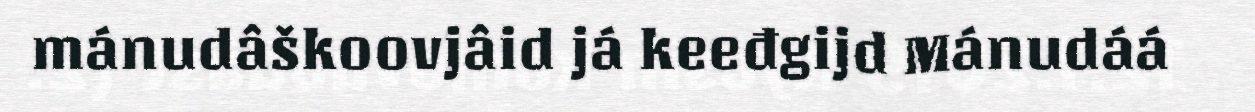
mánudâškoovjâid já keeđgijd Mánudáá